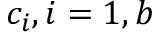
c _ { i } , i = 1 , b